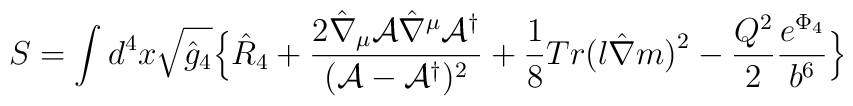
S = \int d^4x \sqrt{\hat g_4} \Bigl\{ \hat R_4+ \frac{2 \hat \nabla_{\mu} {\cal A} \hat \nabla^{\mu} {\cal A}^{\dagger}}{({\cal A} - {\cal A}^{\dagger})^2}+ \frac{1}{8} Tr \bigl(l \hat \nabla m\bigr)^2- \frac{Q^2}{2} \frac{e^{\Phi_4}}{b^6} \Bigr\}